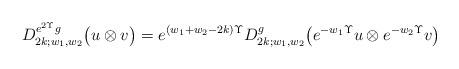
LaTeX: \begin{align*} D_{2k;w_1,w_2}^{e^{2\Upsilon}g} \bigl( u \otimes v \bigr) = e^{(w_1+w_2-2k)\Upsilon} D_{2k;w_1,w_2}^{g} \bigl( e^{-w_1\Upsilon}u \otimes e^{-w_2\Upsilon}v \bigr) \end{align*}